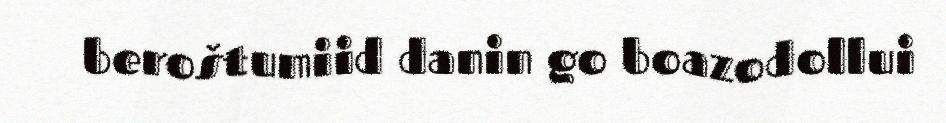
beroštumiid danin go boazodollui